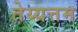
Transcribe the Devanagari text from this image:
तेय्यत्तम